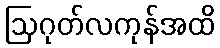
ဩဂုတ်လကုန်အထိ